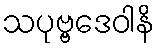
သပုဗ္ဗဒေဝါနိ